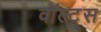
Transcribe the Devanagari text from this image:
वॉल्ट्स